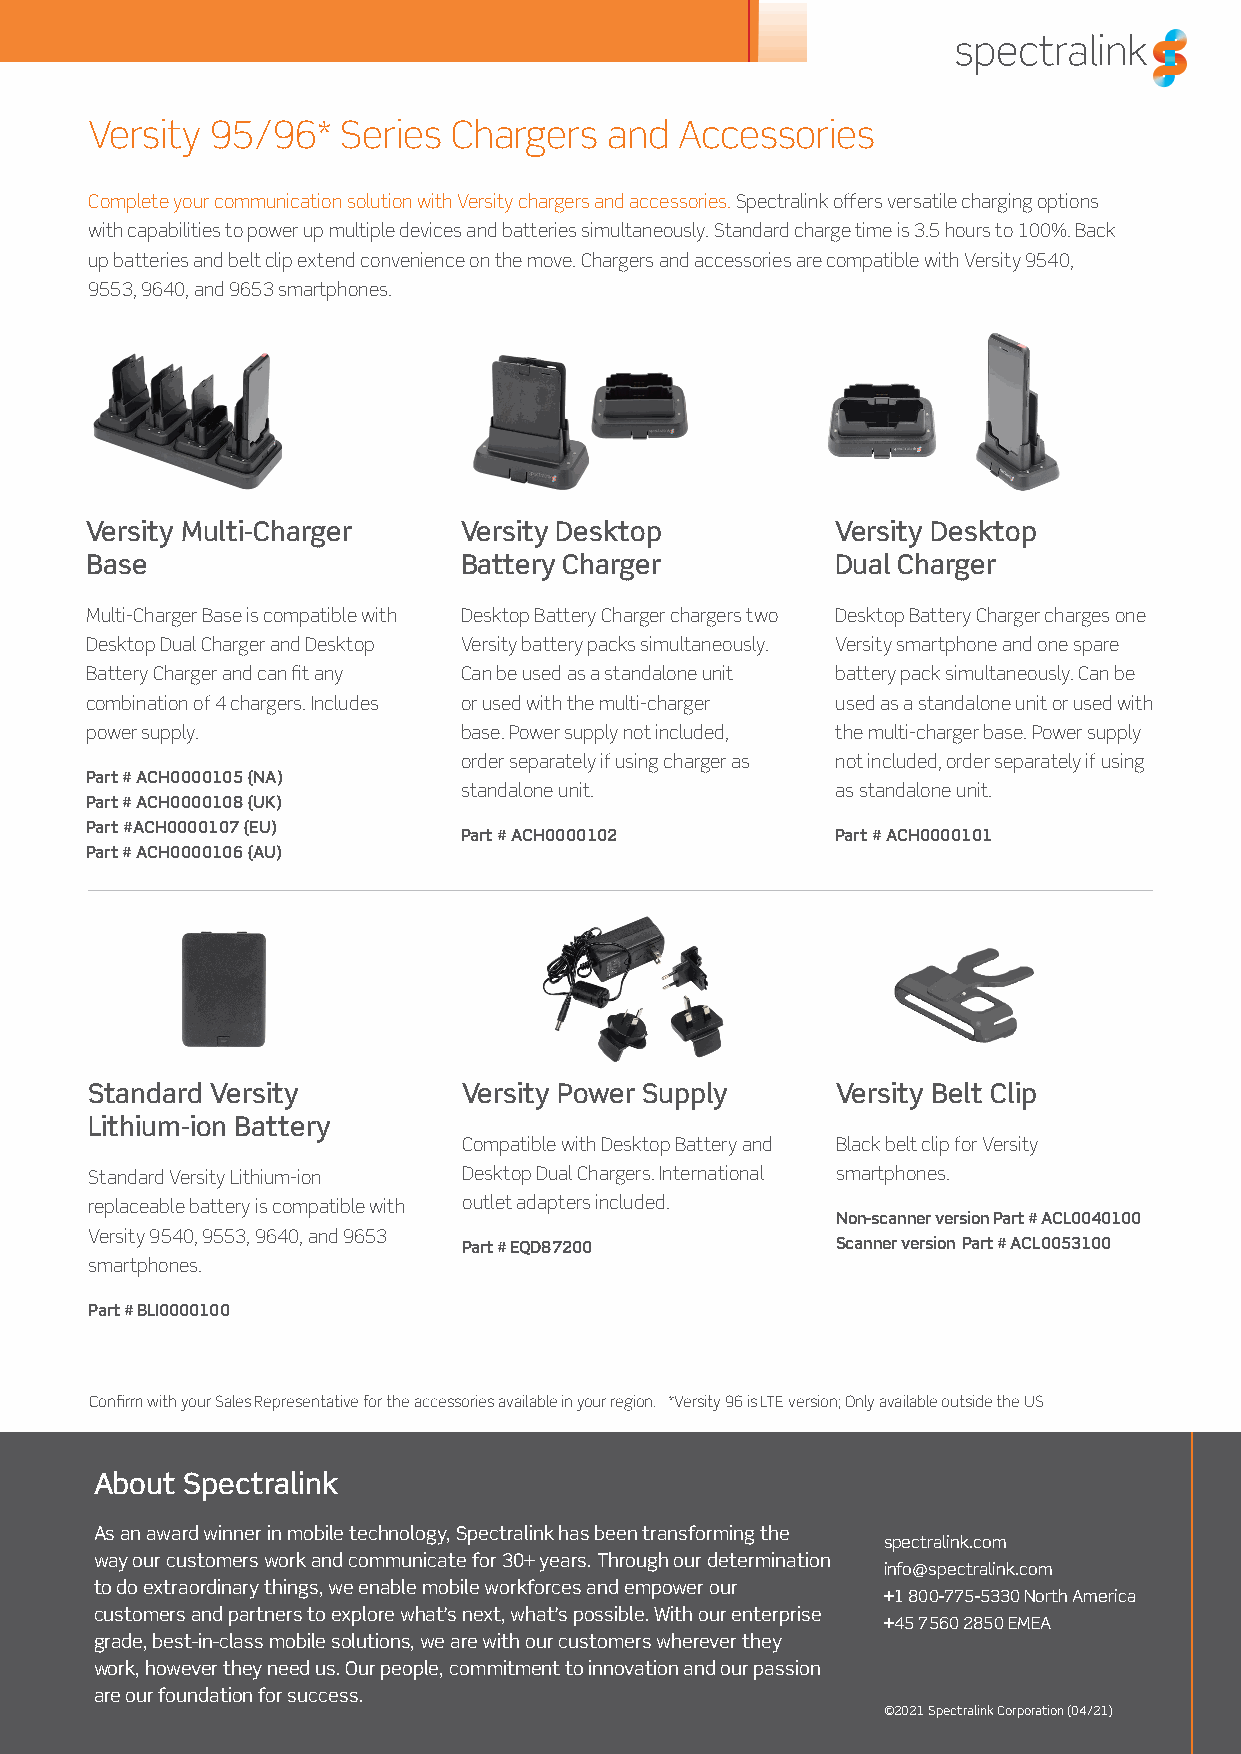
Versity 95/96*   Series Chargers  and  Accessories
 Complete your communication solution with Versity chargers and accessories. Spectralink offers versatile charging options
 with capabilities to power up multiple devices and batteries simultaneously. Standard charge time is 3.5 hours to 100%. Back
 up batteries and belt clip extend convenience on the move. Chargers and accessories are compatible with Versity 9540,
 9553, 9640, and 9653 smartphones.
 Versity Multi-Charger   Versity Desktop          Versity Desktop
 Base                    Battery Charger          Dual Charger
 Multi-Charger Base is compatible with Desktop Battery Charger chargers two Desktop Battery Charger charges one
 Desktop Dual Charger and Desktop Versity battery packs simultaneously. Versity smartphone and one spare
 Battery Charger and can fit any Can be used as a standalone unit battery pack simultaneously. Can be
 combination of 4 chargers. Includes or used with the multi-charger used as a standalone unit or used with
 power supply.           base. Power supply not included, the multi-charger base. Power supply
 order separately if using charger as not included, order separately if using
 Part # ACH0000105 (NA)
 standalone unit.         as standalone unit.
 Part # ACH0000108 (UK)
 Part #ACH0000107 (EU)
 Part # ACH0000102        Part # ACH0000101
 Part # ACH0000106 (AU)
 Standard Versity         Versity Power Supply    Versity Belt Clip
 Lithium-ion Battery
 Compatible with Desktop Battery and Black belt clip for Versity
 Standard Versity Lithium-ion Desktop Dual Chargers. International smartphones.
 replaceable battery is compatible with outlet adapters included.
 Non-scanner version Part # ACL0040100
 Versity 9540, 9553, 9640, and 9653
 Part # EQD87200         Scanner version Part # ACL0053100
 smartphones.
 Part # BLI0000100
 Confirm with your Sales Representative for the accessories available in your region. *Versity 96 is LTE version; Only available outside the US
 About Spectralink
 As an award winner in mobile technology, Spectralink has been transforming the
 spectralink.com
 way our customers work and communicate for 30+ years. Through our determination
 info@spectralink.com
 to do extraordinary things, we enable mobile workforces and empower our
 +1 800-775-5330 North America
 customers and partners to explore what’s next, what’s possible. With our enterprise
 +45 7560 2850 EMEA
 grade, best-in-class mobile solutions, we are with our customers wherever they
 work, however they need us. Our people, commitment to innovation and our passion
 are our foundation for success.
 ©2021 Spectralink Corporation (04/21)